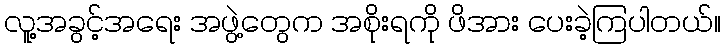
လူ့အခွင့်အရေး အဖွဲ့တွေက အစိုးရကို ဖိအား ပေးခဲ့ကြပါတယ်။